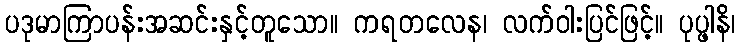
ပဒုမာကြာပန်းအဆင်းနှင့်တူသော။ ကရတလေန၊ လက်ဝါးပြင်ဖြင့်။ ပုပ္ဖါနိ၊